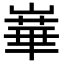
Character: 𪩓